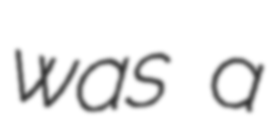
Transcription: was a